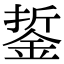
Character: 銴